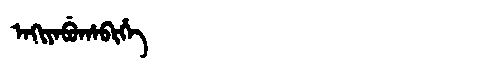
Manchu: ᠠᡴᡳᠶᠠᠪᡠᡥᠠᠪᡳᡥᡝ
Romanization: AKIYABUHABIHE